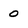
Character: 0